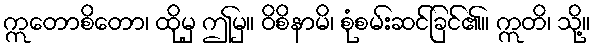
ဣတောစိတော၊ ထိုမှ ဤမှ။ ဝိစိနာမိ၊ စုံစမ်းဆင်ခြင်၏။ ဣတိ၊ သို့။